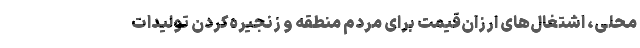
محلی، اشتغال‌های ارزان‌قیمت برای مردم منطقه و زنجیره‌کردن تولیدات